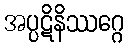
အပ္ပဋိနိဿဂ္ဂေ